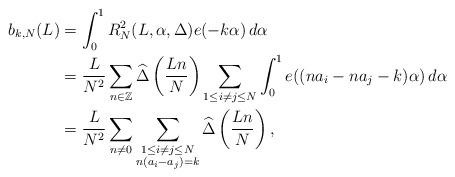
LaTeX: \begin{align*}\begin{aligned} b_{k,N}(L)&=\int_0^1R_N^2(L,\alpha,\Delta)e(-k\alpha)\,d\alpha\\ &=\frac{L}{N^2}\sum_{n\in\mathbb{Z}}\widehat{\Delta}\left(\frac{Ln}{N}\right)\sum_{1\leq i\not=j\leq N}\int_0^1e((na_i-na_j-k)\alpha)\,d\alpha \\ &=\frac{L}{N^2}\sum_{n\not=0}\sum_{\substack{1\leq i\not=j\leq N\\n(a_i-a_j)=k}}\widehat{\Delta}\left(\frac{Ln}{N}\right),\end{aligned}\end{align*}